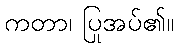
ကတာ၊ ပြုအပ်၏။